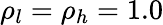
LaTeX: \rho_{l}=\rho_{h}=1.0